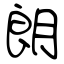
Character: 朗